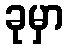
ခုမှာ